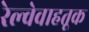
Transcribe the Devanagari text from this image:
रेल्वेवाहतूक